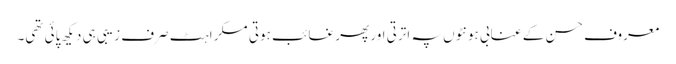
معروف حسن کے عنابی ہونٹوں پہ اترتی اور پھر غائب ہوتی مسکراہٹ صرف زیبی ہی دیکھ پائی تھی۔